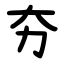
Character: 夯